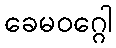
ခေမဝဂ္ဂေါ